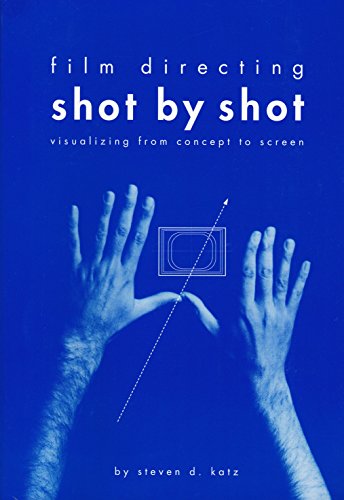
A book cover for Film Directing Shot by Shot: Visualizing from Concept to Screen (Michael Wiese Productions); Steven D. Katz; Humor & Entertainment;